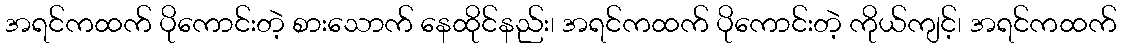
အရင်ကထက် ပိုကောင်းတဲ့ စားသောက် နေထိုင်နည်း၊ အရင်ကထက် ပိုကောင်းတဲ့ ကိုယ်ကျင့်၊ အရင်ကထက်